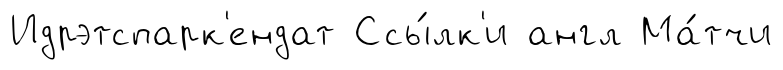
Идрэтспарк'ендат Ссы́лк'и англ Ма́тчи